Annual report of the Punjab Veterinary College and of the Civil Veterinary Department, Punjab - 1920-1925
Year: 1920
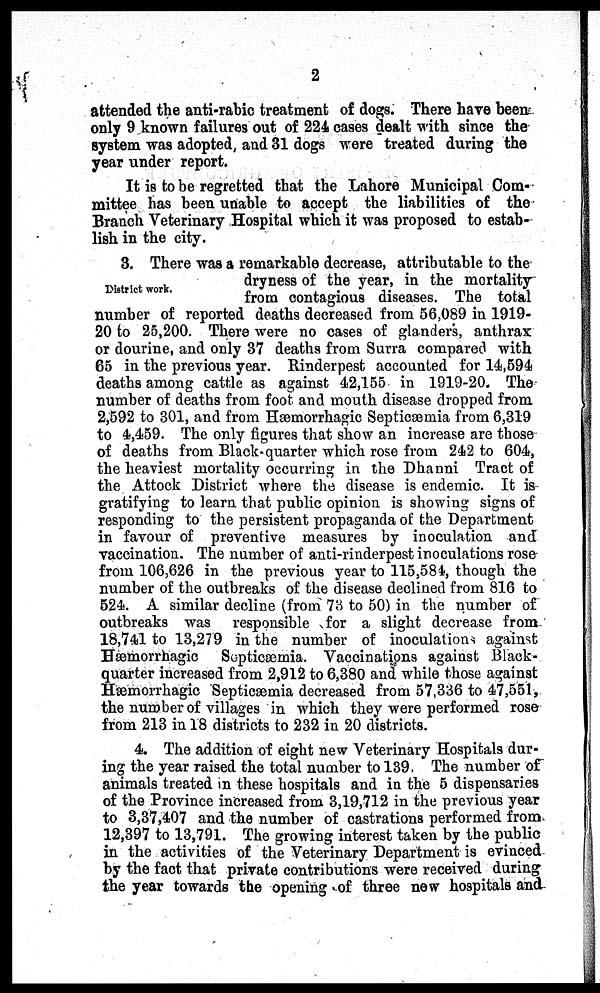
2
attended the anti-rabic treatment of dogs. There have been
only 9 known failures out of 224 cases dealt with since the
system was adopted, and 31 dogs were treated during the
year under report.
It is to be regretted that the Lahore Municipal Com-
mittee has been unable to accept the liabilities of the
Branch Veterinary Hospital which it was proposed to estab-
lish in the city.
District work.
3. There was a remarkable decrease, attributable to the
dryness of the year, in the mortality
from contagious diseases. The total
number of reported deaths decreased from 56,089 in 1919-
20 to 25,200. There were no cases of glanders, anthrax
or dourine, and only 37 deaths from Surra compared with
65 in the previous year. Rinderpest accounted for 14,594
deaths among cattle as against 42,155 in 1919-20. The
number of deaths from foot and mouth disease dropped from
2,592 to 301, and from Hæmorrhagic Septicæmia from 6,319
to 4,459. The only figures that show an increase are those
of deaths from Black-quarter which rose from 242 to 604,
the heaviest mortality occurring in the Dhanni Tract of
the Attock District where the disease is endemic. It is
gratifying to learn that public opinion is showing signs of
responding to the persistent propaganda of the Department
in favour of preventive measures by inoculation and
vaccination. The number of anti-rinderpest inoculations rose
from 106,626 in the previous year to 115,584, though the
number of the outbreaks of the disease declined from 816 to
524. A similar decline (from 73 to 50) in the number of
outbreaks was responsible for a slight decrease from
18,741 to 13,279 in the number of inoculations against
Hæmorrhagic
Septicæmia. Vaccinations against Black-
quarter increased from 2,912 to 6,380 and while those against
Hæmorrhagic Septicæmia decreased from 57,336 to 47,551,
the number of villages in which they were performed rose
from 213 in 18 districts to 232 in 20 districts.
4. The addition of eight new Veterinary Hospitals dur-
ing the year raised the total number to 139. The number of
animals treated in these hospitals and in the 5 dispensaries
of the Province increased from 3,19,712 in the previous year
to 3,37,407 and the number of castrations performed from
12,397 to 13,791. The growing interest taken by the public
in the activities of the Veterinary Department is evinced
by the fact that private contributions were received during
the year towards the opening of three new hospitals and